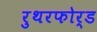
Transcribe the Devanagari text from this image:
रुथरफोर्ड